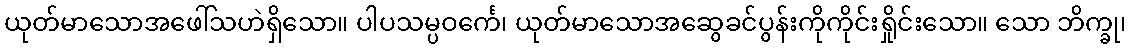
ယုတ်မာသောအဖေါ်သဟဲရှိသော။ ပါပသမ္ပဝင်္ကေ၊ ယုတ်မာသောအဆွေခင်ပွန်းကိုကိုင်းရှိုင်းသော။ သော ဘိက္ခု၊